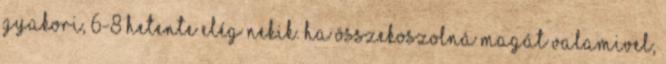
gyakori, 6-8 hetente elég nekik. Ha összekoszolná magát valamivel,